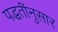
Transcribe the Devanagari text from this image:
पद्धतींनुसार